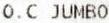
O.C JUMBO